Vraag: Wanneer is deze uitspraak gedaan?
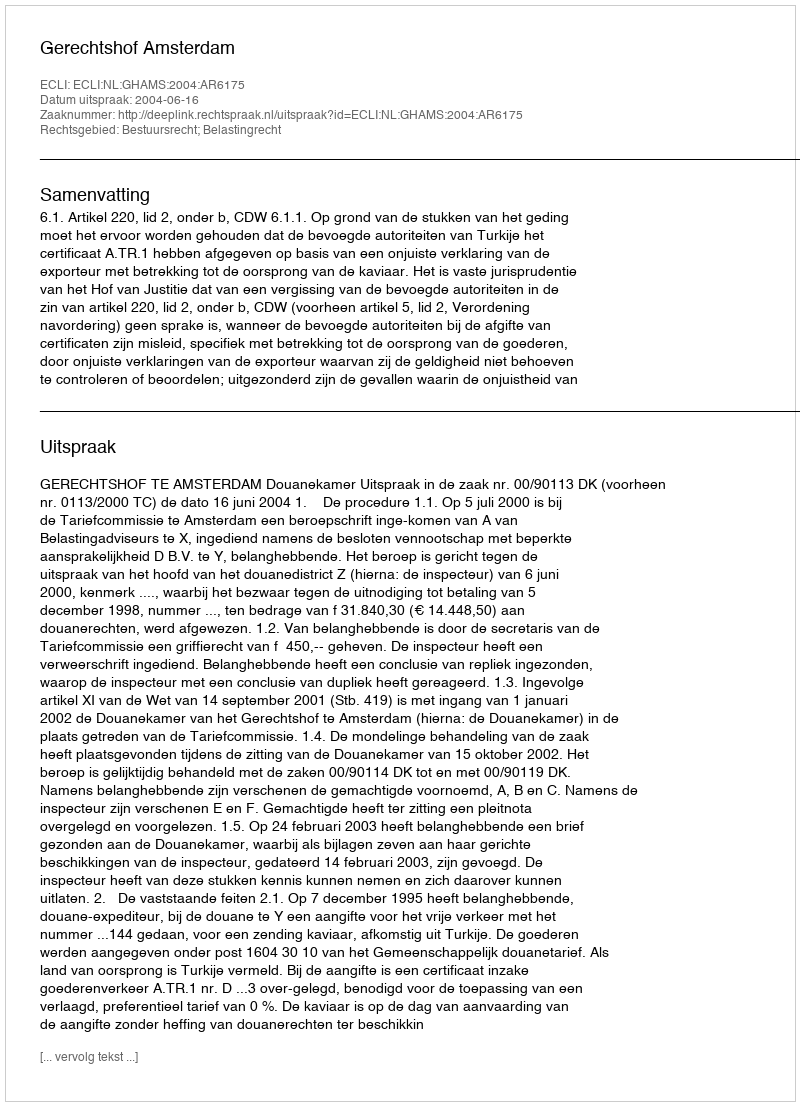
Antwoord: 2004-06-16